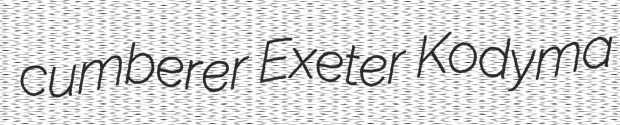
cumberer Exeter Kodyma